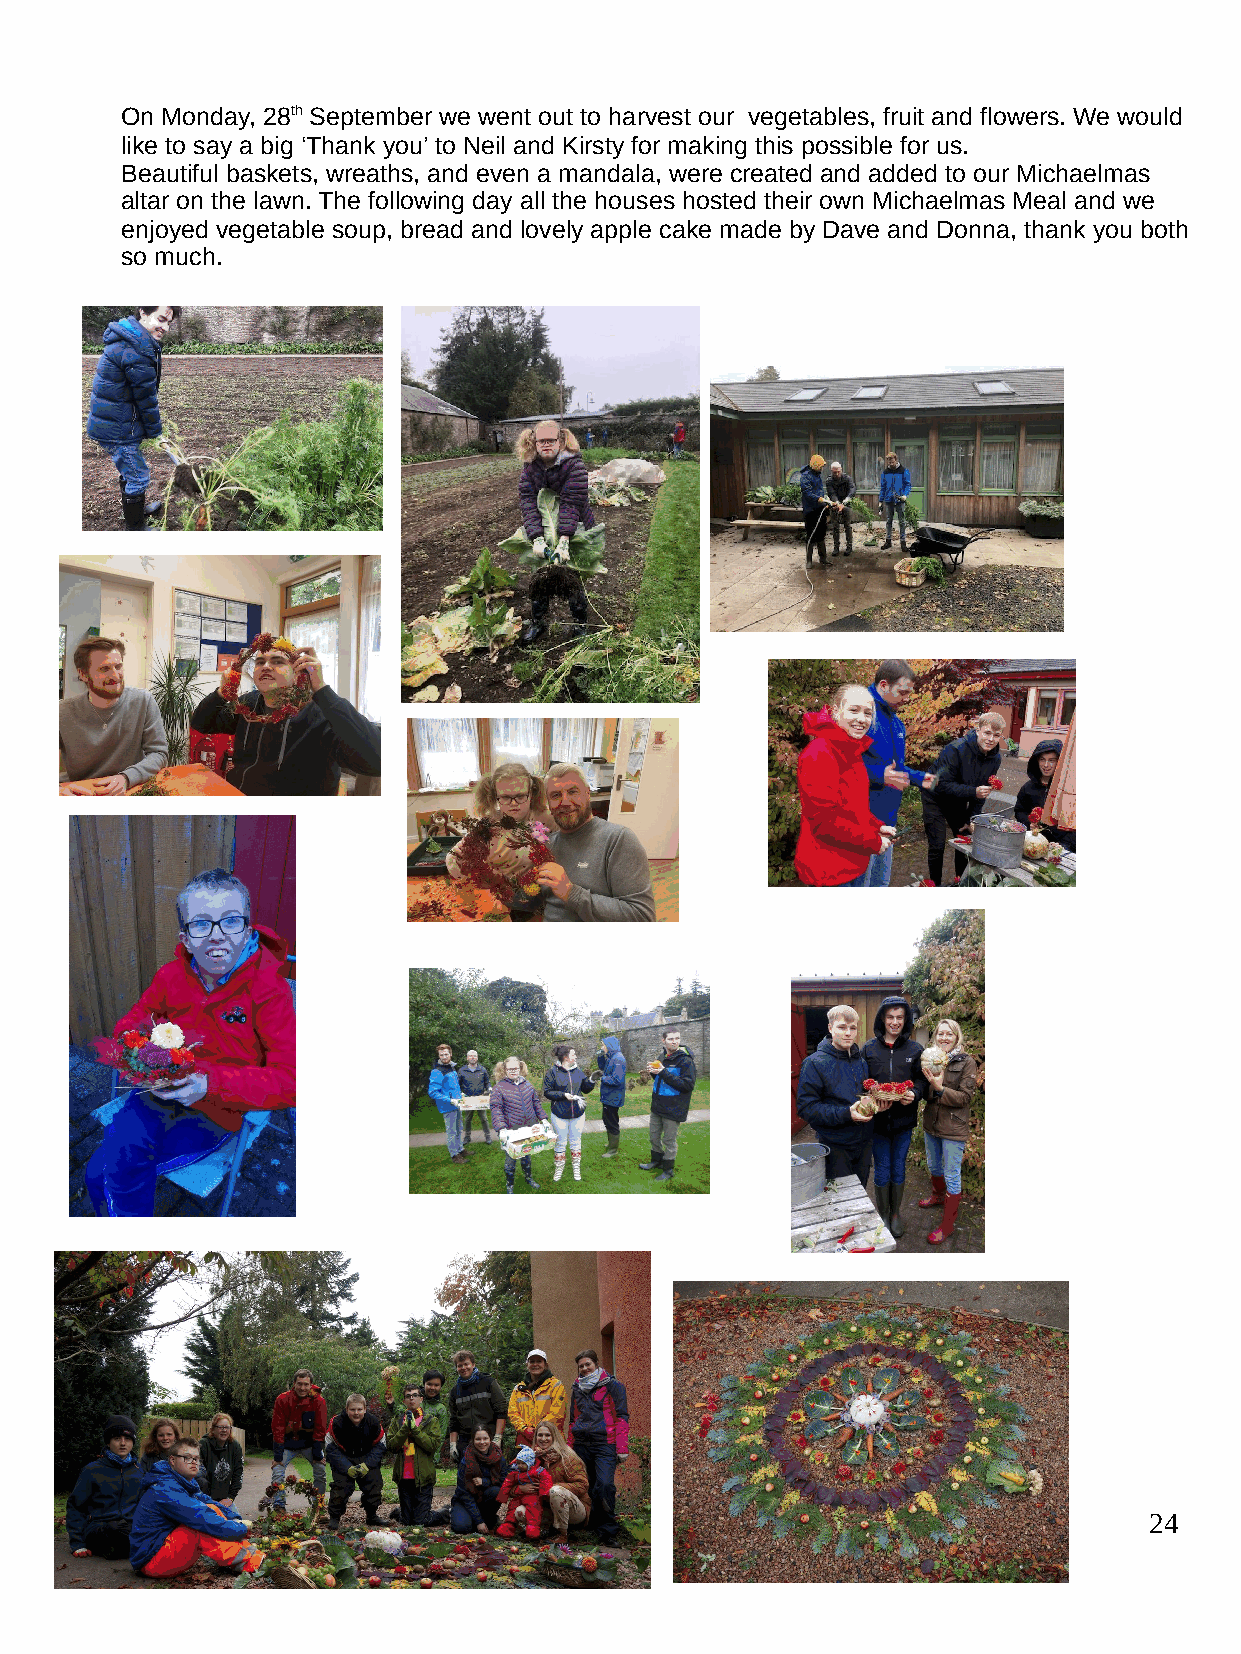
On Monday, 28th September we went out to harvest our vegetables, fruit and flowers. We would
 like to say a big ‘Thank you’ to Neil and Kirsty for making this possible for us.
 Beautiful baskets, wreaths, and even a mandala, were created and added to our Michaelmas
 altar on the lawn. The following day all the houses hosted their own Michaelmas Meal and we
 enjoyed vegetable soup, bread and lovely apple cake made by Dave and Donna, thank you both
 so much.
 24